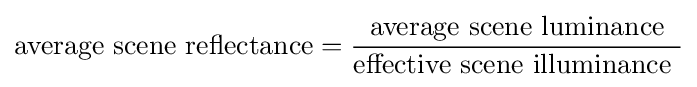
{\mbox{average scene reflectance}}={\frac {\mbox{average scene luminance}}{\mbox{effective scene illuminance }}}